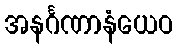
အနင်္ဂဏာနံယေဝ